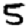
Digit: 5